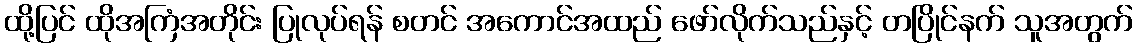
ထို့ပြင် ထိုအကြံအတိုင်း ပြုလုပ်ရန် စတင် အကောင်အထည် ဖော်လိုက်သည်နှင့် တပြိုင်နက် သူအတွက်